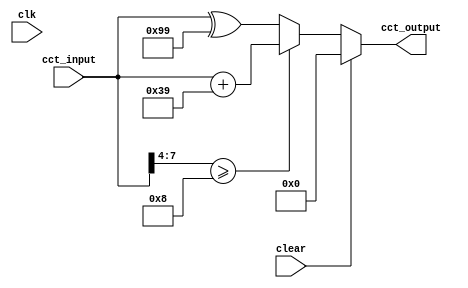
module student_circuit_Q2 (
          input clk, clear,
          input [7:0] cct_input,
	output reg [7:0] cct_output
			 );

always @ *
if (clear == 1'b1) cct_output = 8'd0;
else if (cct_input[7:4] >= 4'd8) cct_output = cct_input + 8'd57;
else cct_output = cct_input^8'h99;

endmodule